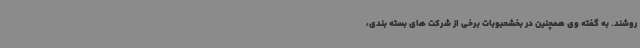
روشند. به گفته وی همچنین در بخشحبوبات برخی از شرکت های بسته بندی،